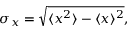
\sigma _ { x } = { \sqrt { \langle { x } ^ { 2 } \rangle - \langle { x } \rangle ^ { 2 } } } ,